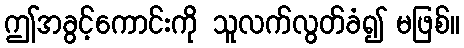
ဤအခွင့်ကောင်းကို သူလက်လွတ်ခံ၍ မဖြစ်။